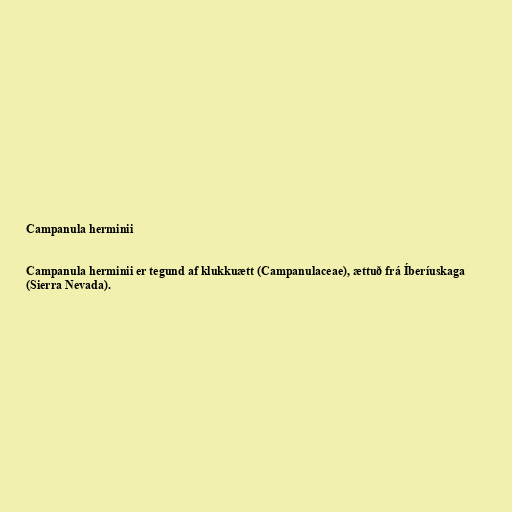
Campanula herminii

Campanula herminii er tegund af klukkuætt (Campanulaceae), ættuð frá Íberíuskaga
(Sierra Nevada).